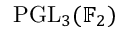
\mathrm { P G L } _ { 3 } ( \mathbb { F } _ { 2 } )